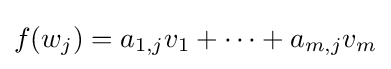
f(w_{j})=a_{1,j}v_{1}+\cdots +a_{m,j}v_{m}